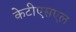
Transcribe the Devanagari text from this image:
केटीएसएल